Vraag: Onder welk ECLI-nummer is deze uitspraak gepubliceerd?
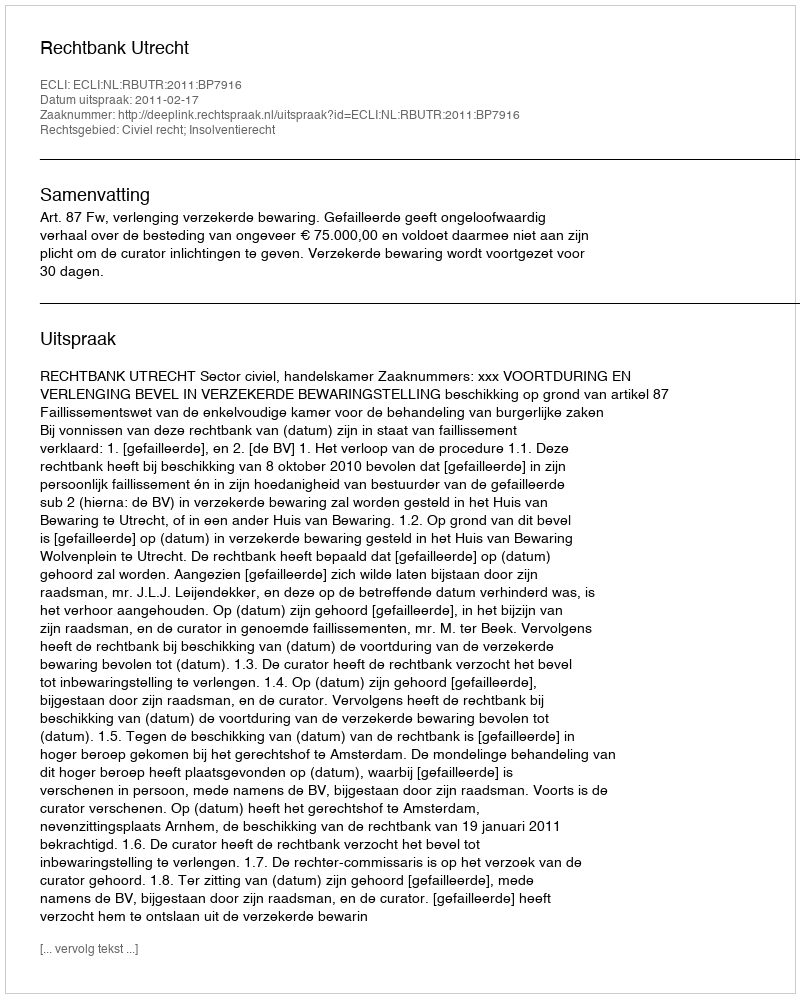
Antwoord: ECLI:NL:RBUTR:2011:BP7916